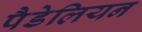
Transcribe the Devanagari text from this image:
पैडेलियन